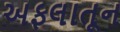
અફલાતૂન